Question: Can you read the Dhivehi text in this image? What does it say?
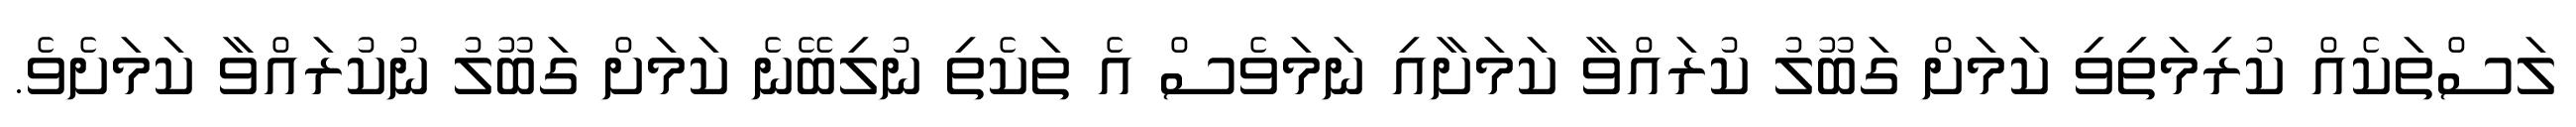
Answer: ލަސްތަކެއް ކުރިމަތިވި ކަމަށް ގަބޫލު ކުރައްވާ ކަމަށާއި ނަމަވެސް އެ ތަކެތި ނުލިބޭނެ ކަމަށް ގަބޫލު ނުކުރައްވާ ކަމަށެވެ.